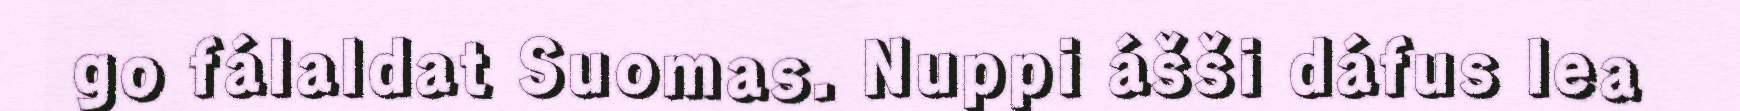
go fálaldat Suomas. Nuppi ášši dáfus lea